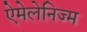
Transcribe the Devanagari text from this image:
ऐमेलेनिज्म